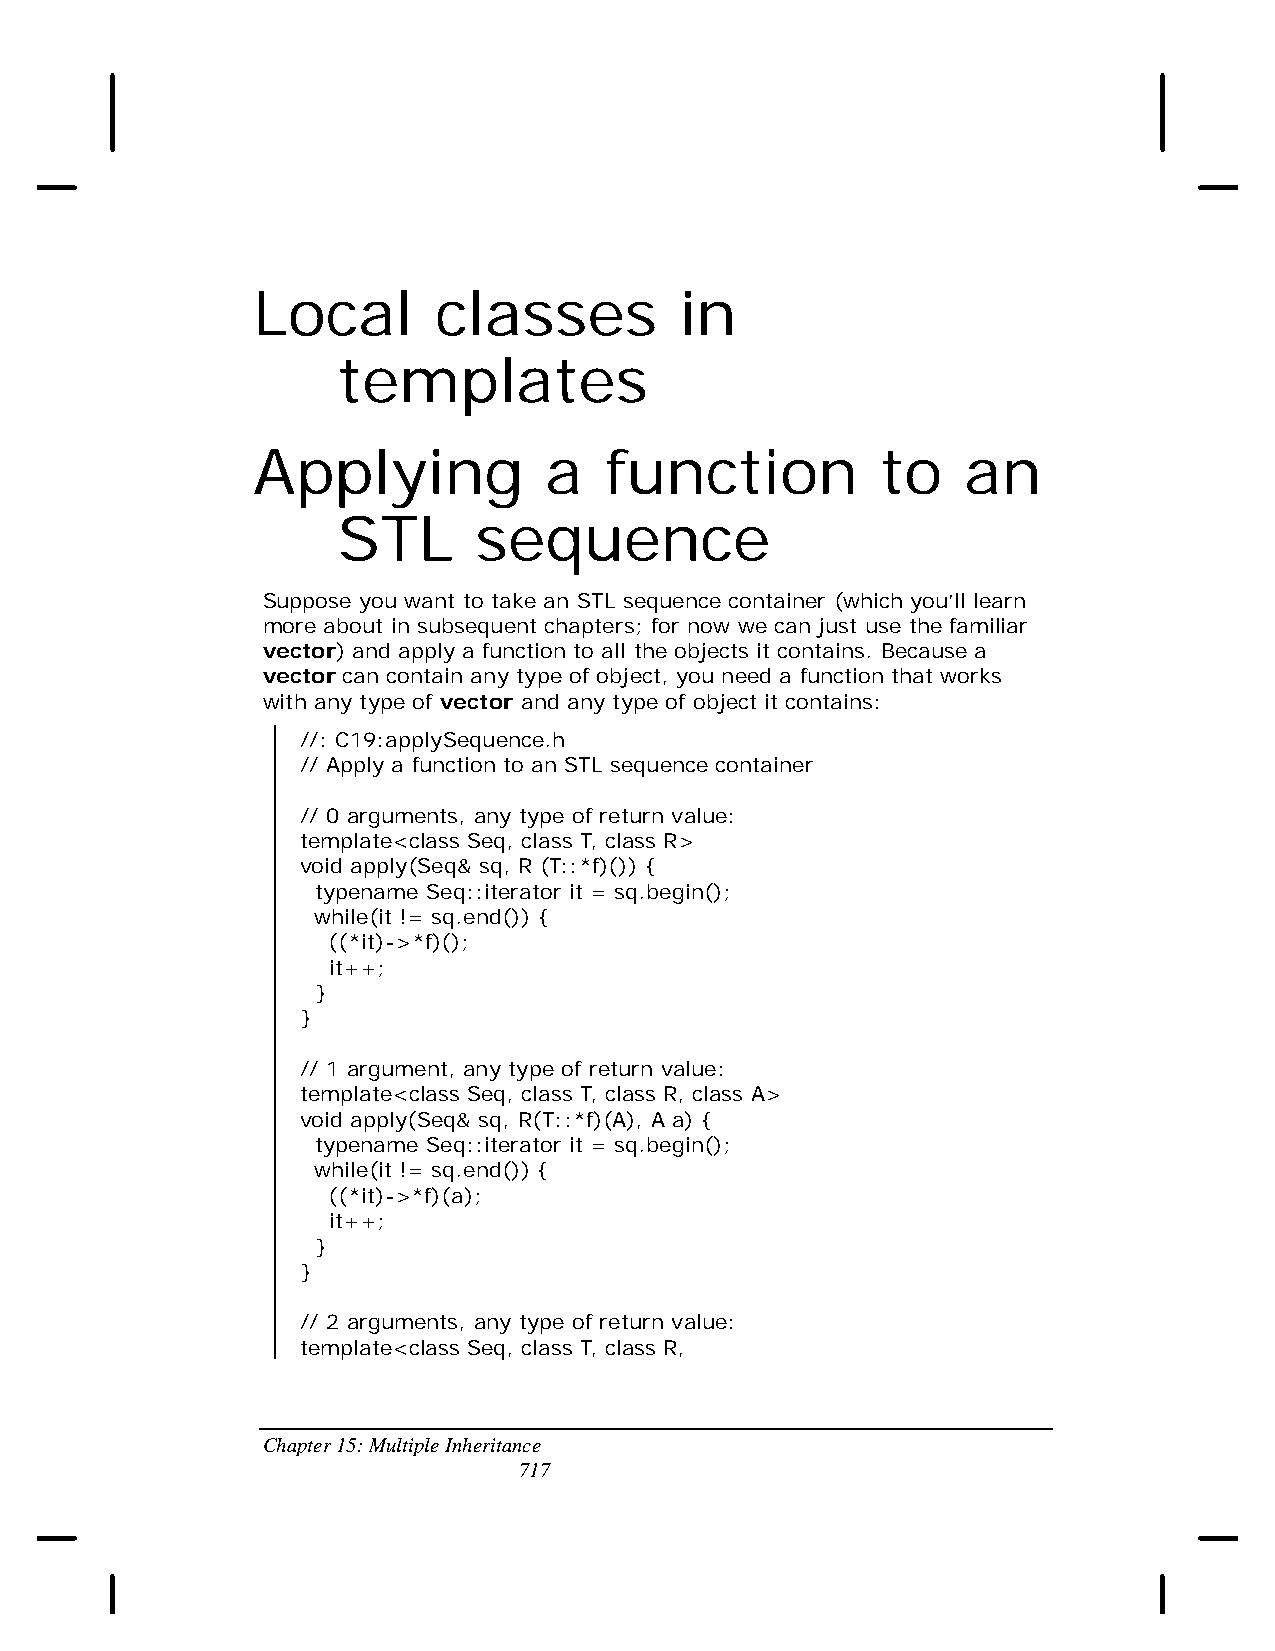
Local       classes         in
 templates
 Applying           a   function          to    an
 STL      sequence
 Suppose you want to take an STL sequence container (which you’ll learn
 more about in subsequent chapters; for now we can just use the familiar
 vector) and apply a function to all the objects it contains. Because a
 vector can contain any type of object, you need a function that works
 with any type of vector and any type of object it contains:
 //: C19:applySequence.h
 // Apply a function to an STL sequence container
 // 0 arguments, any type of return value:
 template<class Seq, class T, class R>
 void apply(Seq& sq, R (T::*f)()) {
 typename Seq::iterator it = sq.begin();
 while(it != sq.end()) {
 ((*it)->*f)();
 it++;
 }
 }
 // 1 argument, any type of return value:
 template<class Seq, class T, class R, class A>
 void apply(Seq& sq, R(T::*f)(A), A a) {
 typename Seq::iterator it = sq.begin();
 while(it != sq.end()) {
 ((*it)->*f)(a);
 it++;
 }
 }
 // 2 arguments, any type of return value:
 template<class Seq, class T, class R,
 Chapter 15: Multiple Inheritance
 717